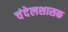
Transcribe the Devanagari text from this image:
चंदेलशासक